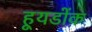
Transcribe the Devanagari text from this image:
हूयडोंक